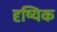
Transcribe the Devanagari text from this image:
दृष्यिक